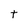
Character: t